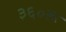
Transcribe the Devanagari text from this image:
३६०रू